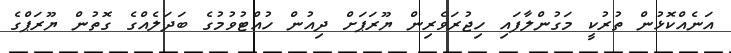
އަނެއްކޮޅުން ތުރުކީ މަގުންލާފައި ހިޖުރަވެރިން ޔޫރަޕަށް ދިއުން ހުއްޓުވުމުގެ ބަދަލެއްގެ ގޮތުން ޔޫރަޕްގެ